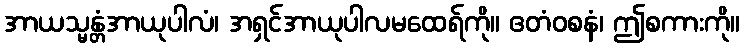
အာယသ္မန္တံအာယုပါလံ၊ အရှင်အာယုပါလမထေရ်ကို။ ဧတံဝစနံ၊ ဤစကားကို။